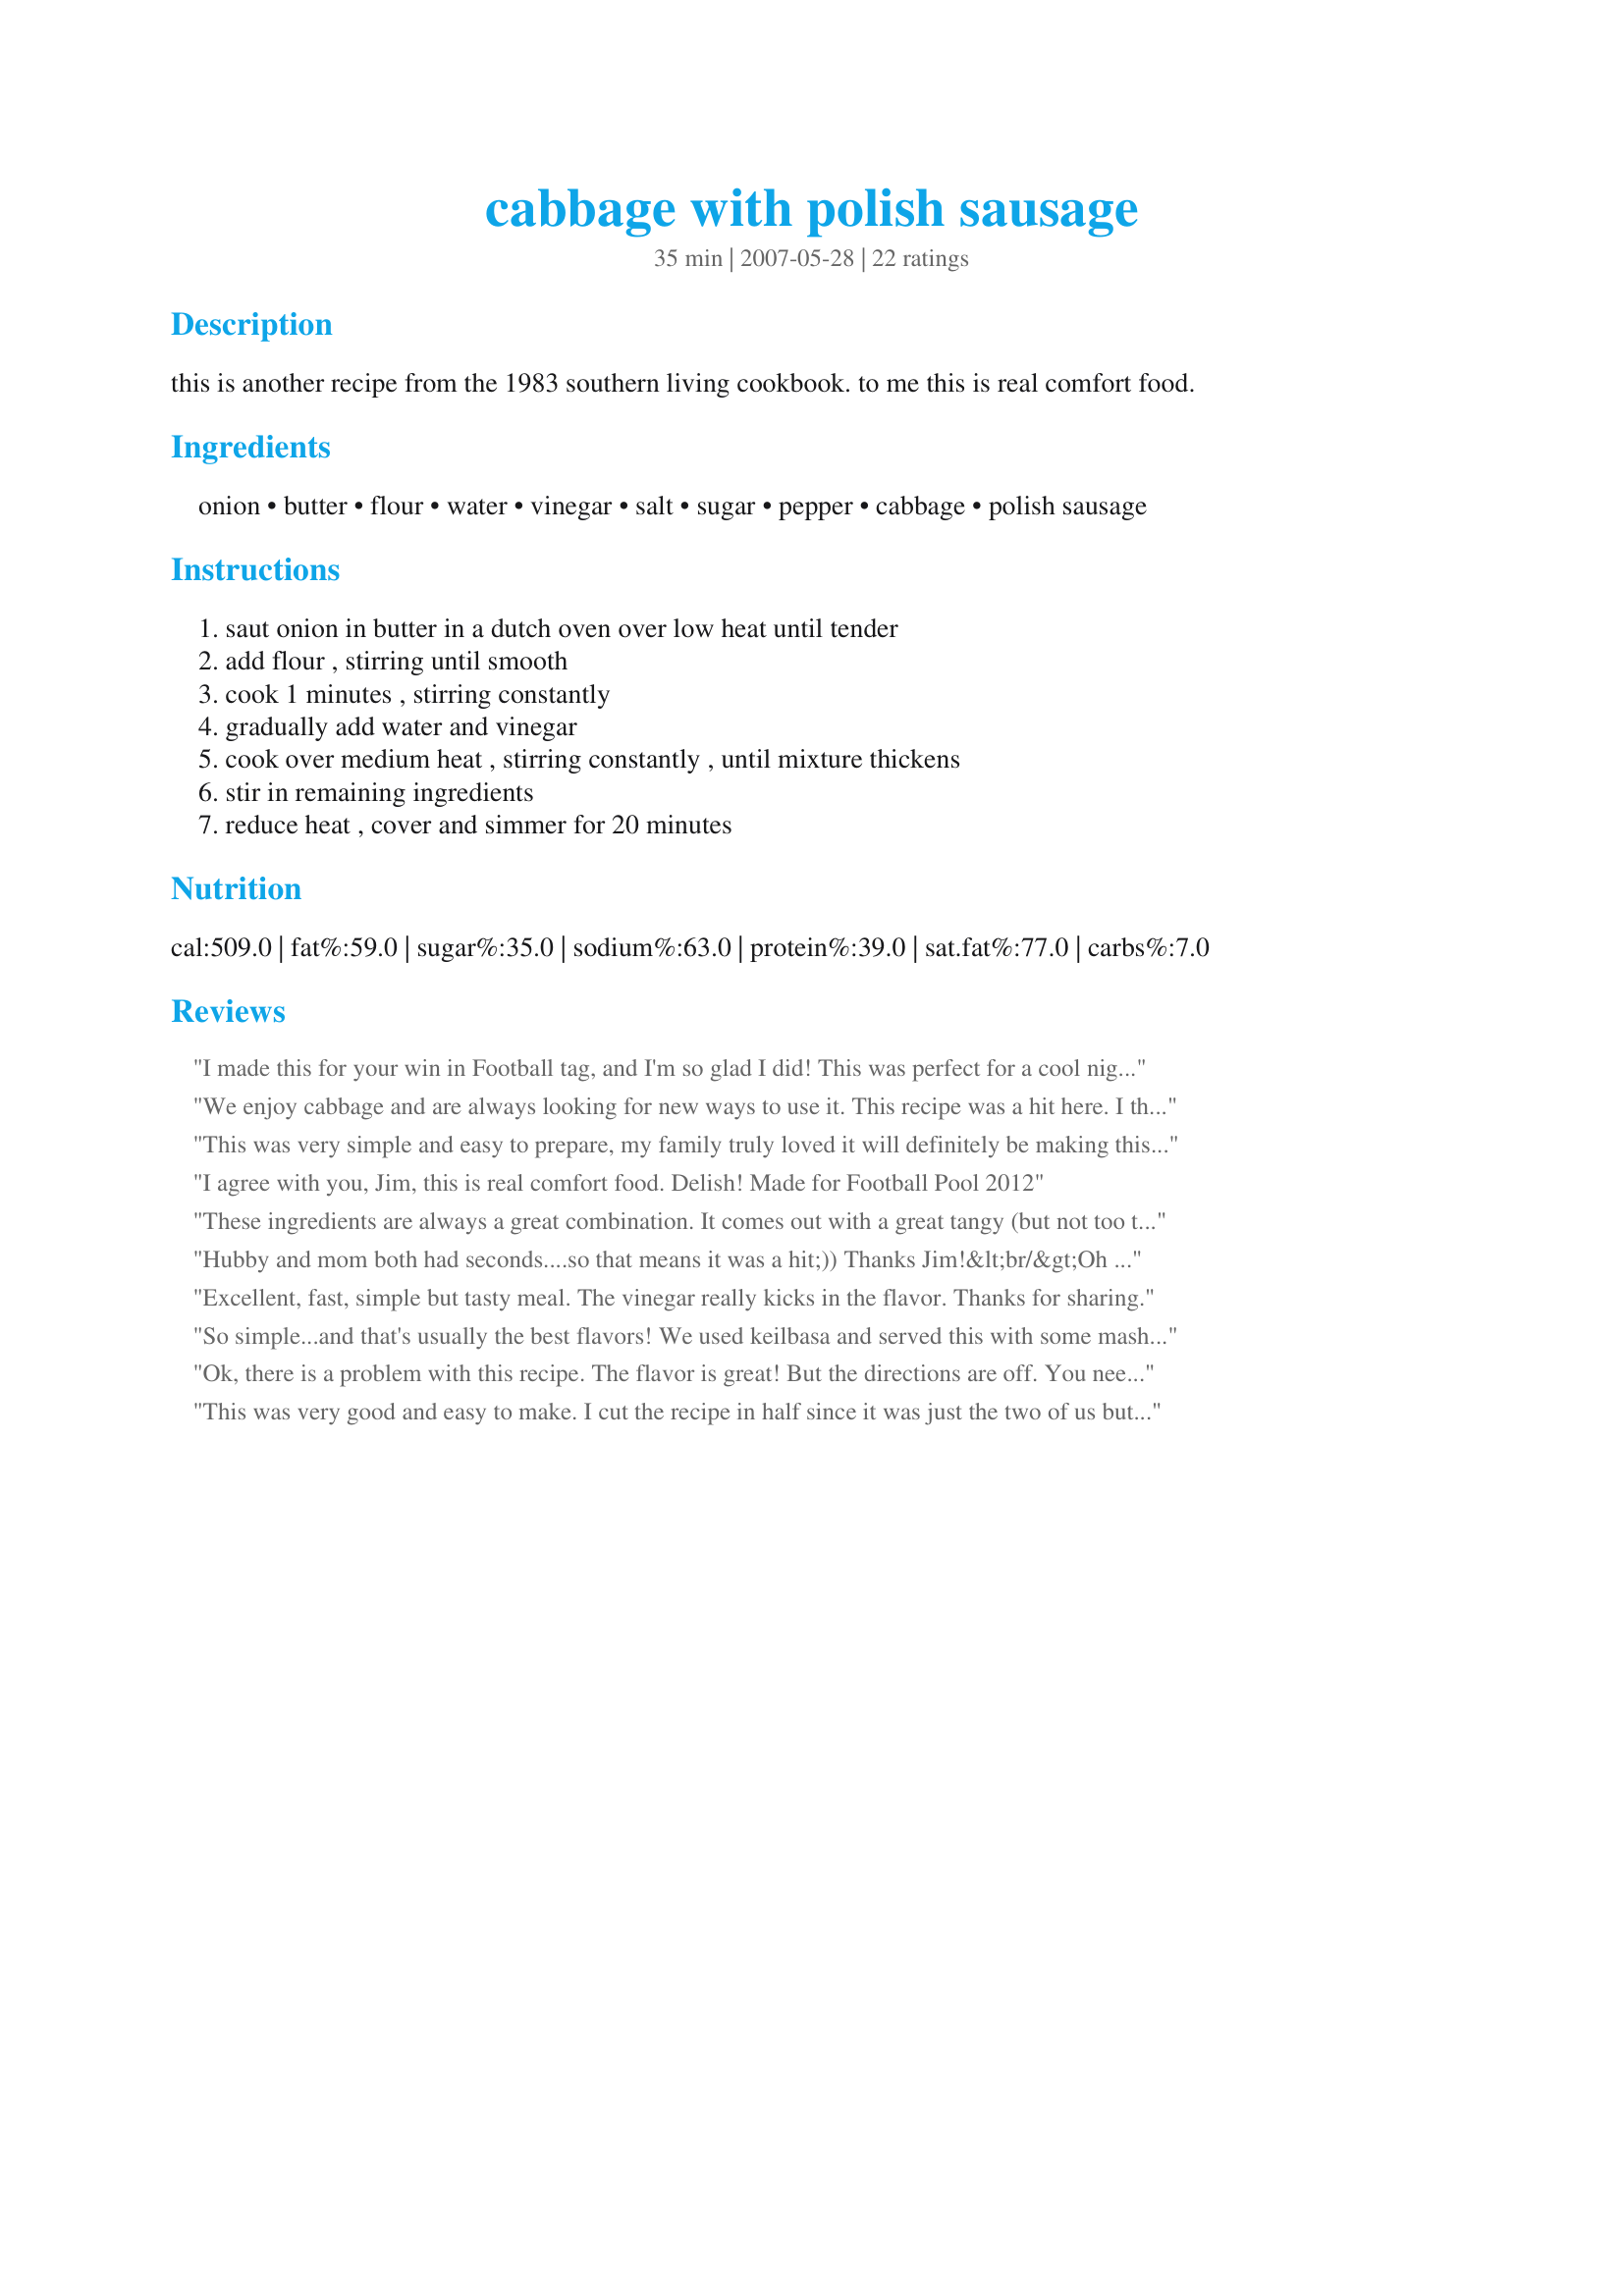
cabbage with polish sausage
Preparation time: 35 minutes

this is another recipe from the 1983 southern living cookbook. to me this is real comfort food.

Ingredients:
onion, butter, flour, water, vinegar, salt, sugar, pepper, cabbage, polish sausage

Steps:
saut onion in butter in a dutch oven over low heat until tender, add flour , stirring until smooth, cook 1 minutes , stirring constantly, gradually add water and vinegar, cook over medium heat , stirring constantly , until mixture thickens, stir in remaining ingredients, reduce heat , cover and simmer for 20 minutes

Reviews:
I made this for your win in Football tag, and I'm so glad I did! This was perfect for a cool night, and very much enjoyed. Everyone cleaned their plates! Thanks for sharing.
We enjoy cabbage and are always looking for new ways to use it. This recipe was a hit here. I thought everything blended well and had a nice glaze. The tang from the vinegar went well with the dish. Made for ZWT4.
This was very simple and easy to prepare, my family truly loved it will definitely be making this more often.
I agree with you, Jim, this is real comfort food. Delish! Made for Football Pool 2012
These ingredients are always a great combination. It comes out with a great tangy (but not too tangy) flavor. I used reduced-fat turkey smoked sausage to cut some fat. I enjoyed this very much and would make this again. Thanx!
Hubby and mom both had seconds....so that means it was a hit;)) Thanks Jim!&lt;br/&gt;Oh my, I forgot the stars....sorry Jim;))
Excellent, fast, simple but tasty meal. The vinegar really kicks in the flavor. Thanks for sharing.
So simple...and that's usually the best flavors! We used keilbasa and served this with some mashed potatoes and roasted veggies. Thanks for sharing!
Ok, there is a problem with this recipe. The flavor is great! But the directions are off. You need to cook the cabbage separately. Add it to the sauce after it is almost done. Then cook with the sausage for 20 minutes. Otherwise, great recipe.
This was very good and easy to make. I cut the recipe in half since it was just the two of us but we could have eaten more just because it was so good. I used seasoned rice wine vinegar.
Mmm mmm Good Comfort food! I made this as directed with red onion and light polish sausage. I ate a nice big bowl full for lunch all by itself and didn't need anything else. I LOVE the tangy sauce and that the cabbage doesn't get overcooked. Thanks for this EASY KEEPER recipe! Made for the ZWT4- Jefes.
This is one of those recipes that is so simple, but so wonderful I enjoyed this so much I used andouille sausage and red cabbage this will be made often. thank you so much for sharing
Nice surprise...hubby came home with a polish sausage after a guy trip...he was slicing it and putting it on crackers with cheese...anyway he had half left and I had some cabbage...did a search and this recipe popped up...ymmo!...made as posted with just a bit more salt and pepper...=)
I have never taken the time to write a review, but I cannot stop eating this! Simple, easy and very good.
Very simple and tasty! I will make it again.
Spasiba! This was truly great Russian tasting comfort food. I served the cabbage recipe over egg noodles. And, to include all the Russian National Vegetables in one meal, we had beets and a cucumber salad as sides. My boys (born in Russia) loved it all. I did cook the sausage in a bit of water for a couple of minutes before adding them - that way, I removed some of the fat.
This was really tasty. Candy enjoyed the cabbage and Tom enjoyed the sausage more. *laugh*. Our son loved this too (which surprised us). Made for ZWT
YUM! I loved how easy fast this was. PLUS it was delicious. A great fall meal and I served it with mashed potatoes too. My husband liked it, but didn't "love" it as much as I did. (He prefers it grilled plain and dips it in bbq...shrug.) Anyway, I'm the cook and THIS is my favorite way. I used lite sausage & it turned out perfect!
The ingredients are basic yet the flavours are outstanding! This went above and beyond my expectations. I had some spicy sausages and it was just fantastic. Also, the more cabbage, the better! Loved the little tang from the vinegar. I'll definitely be making this again; thanks!
I was really happy with the result of this recipe. I searched for a different way to serve some cabbage and sausage instead of the boring same ol taste. I tried this and everyone seemed to enjoy it. I loved the taste and I used a really sweet onion and it brought out the flavor even more. I boiled my cabbage in chicken broth and it took any bitterness out of the cabbage too. I recommend this recipe. I loved it.
This was delicious!!!
Being from the south originally,we eat cabbage and black-eyed peas on New Year's day.I had polish sausage,cabbage and egg noodles on hand and searched for a recipe.Am so glad to find this one.It is cooking now and tastes great.I will be serving on the noodles with buttermilk cornbread and a can of b/e peas.What a meal.A friend had told me she cooks a dish like this but adds the noodles in with sour cream to bind it all together.Sounds good too but I will do that next time.Thanks for the recipe,now if someone would drop in I would have enough to go around.
